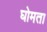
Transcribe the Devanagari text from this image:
घोमता